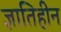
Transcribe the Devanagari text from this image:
ज्ञातिहीन